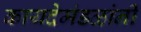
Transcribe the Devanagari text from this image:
कायदेमंडळांनी